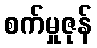
စက်မှုဇုန်